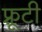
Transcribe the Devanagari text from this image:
फ़्रूटी